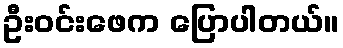
ဦးဝင်းဖေက ပြောပါတယ်။